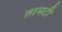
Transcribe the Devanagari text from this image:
तामटी